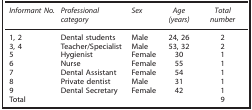
<table><thead><tr><td><b><i>Informant No.</i></b></td><td><b><i>Professional category</i></b></td><td><b><i>Sex</i></b></td><td><b><i>Age (years)</i></b></td><td><b><i>Total number</i></b></td></tr></thead><tbody><tr><td>1, 2</td><td>Dental students</td><td>Male</td><td>24, 26</td><td>2</td></tr><tr><td>3, 4</td><td>Teacher/Specialist</td><td>Male</td><td>53, 32</td><td>2</td></tr><tr><td>5</td><td>Hygienist</td><td>Female</td><td>30</td><td>1</td></tr><tr><td>6</td><td>Nurse</td><td>Female</td><td>55</td><td>1</td></tr><tr><td>7</td><td>Dental Assistant</td><td>Female</td><td>54</td><td>1</td></tr><tr><td>8</td><td>Private dentist</td><td>Male</td><td>31</td><td>1</td></tr><tr><td>9</td><td>Dental Secretary</td><td>Female</td><td>42</td><td>1</td></tr><tr><td>Total</td><td> </td><td> </td><td> </td><td>9</td></tr></tbody></table>